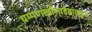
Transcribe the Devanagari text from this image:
घम्मणखाँसाहेबांकडून